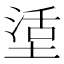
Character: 𡎒